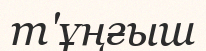
т'ұңғыш